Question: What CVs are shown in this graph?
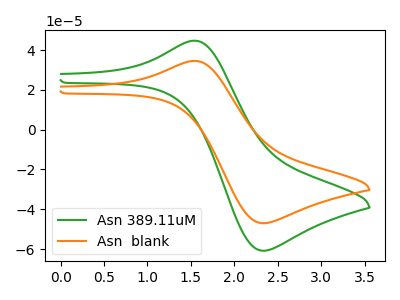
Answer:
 <answer>The green curve is labeled "Asn 389.11uM". The orange curve is labeled "Asn  blank".</answer>
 <eval></eval>